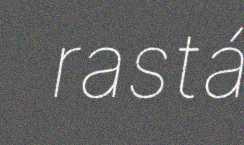
rastá